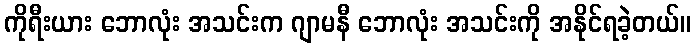
ကိုရီးယား ဘောလုံး အသင်းက ဂျာမနီ ဘောလုံး အသင်းကို အနိုင်ရခဲ့တယ်။